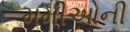
મમીઓની